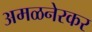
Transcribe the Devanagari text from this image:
अमळनेरकर